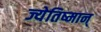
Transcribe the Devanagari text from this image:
ज्येतिष्मान्